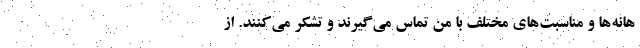
هانه‌ها و مناسبت‌های مختلف با من تماس می‌گیرند و تشکر می‌کنند. از